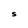
Character: S